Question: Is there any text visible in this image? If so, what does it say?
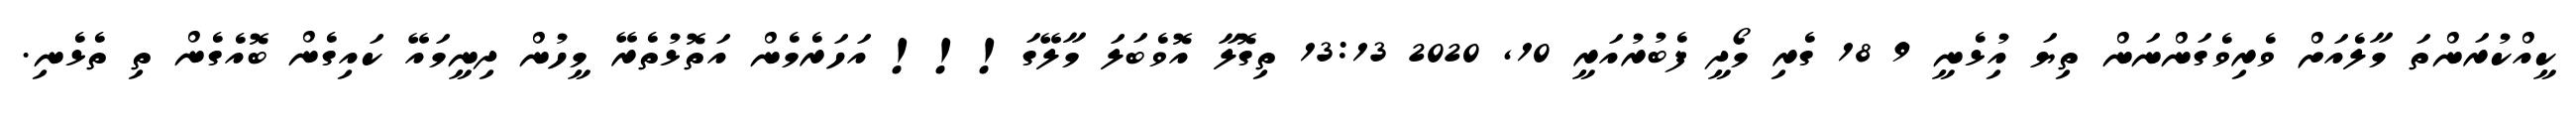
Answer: ކީއްކުރަންތަ މާލެއަށް ވެރިވެގަންނަން ތިޔަ އިުޅެނީ 9 18 ގެރި މޯދީ ފެބުރުއަރީ 10, 2020 13:13 ތިގޮލާ އޮވެބަލަ މާލޭގަ!!! އަހަރެމެން އަތޮޅުތެރޭ މީހުން ދިނީމައޭ ކައިގެން ބޮއެގެން ތި ތެޅެނި.